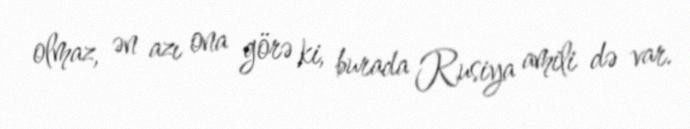
olmaz, ən azı ona görə ki, burada Rusiya amili də var.